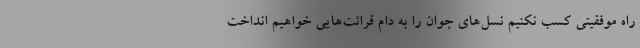
راه موفقیتی کسب نکنیم نسل‌های جوان را به دام قرائت‌هایی خواهیم انداخت